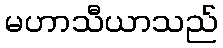
မဟာသီယာသည်